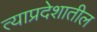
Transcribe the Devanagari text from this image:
त्याप्रदेशातील